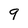
Character: 9